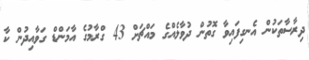
ދިރާސާތަކުން އެނގިފައިވާ ގޮތުން ދުވާލެއްގެ މައްޗަށް 43 ގްރާމުގެ އާމަންޑް ގަވާއިދުން ކާ